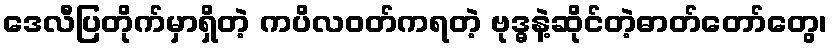
ဒေလီပြတိုက်မှာရှိတဲ့ ကပိလဝတ်ကရတဲ့ ဗုဒ္ဓနဲ့ဆိုင်တဲ့ဓာတ်တော်တွေ၊